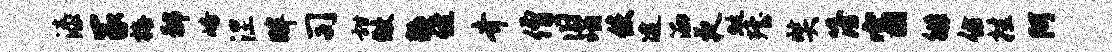
漆冢梅鄙峪涅畔司甜做耨侄齐僧旧瑙使逮洒夜蜓殪奘簿窗徘仿挂阿